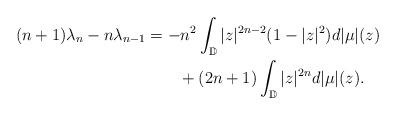
LaTeX: \begin{align*}(n+1)\lambda_n - n\lambda_{n-1}&=-n^2\int_{\mathbb{D}}|z|^{2n-2}(1-|z|^2)d|\mu|(z)\\&\qquad+(2n+1)\int_{\mathbb{D}}|z|^{2n}d|\mu|(z).\end{align*}